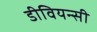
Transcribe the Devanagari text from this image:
डीवियन्सी